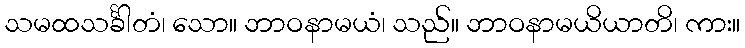
သမထသင်္ခါတံ၊ သော။ ဘာဝနာမယံ၊ သည်။ ဘာဝနာမယိယာတိ၊ ကား။